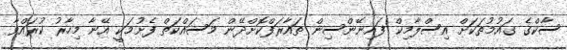
ސާކްގެ ގައުމުތަކަށް އިސްލާމިކް ފައިނޭންސިން ތައާރަފްކޮށްދޭން މަސައްކަތް ފެށުމަކީ އޭނާ މިހާރު ކުރައްވާ